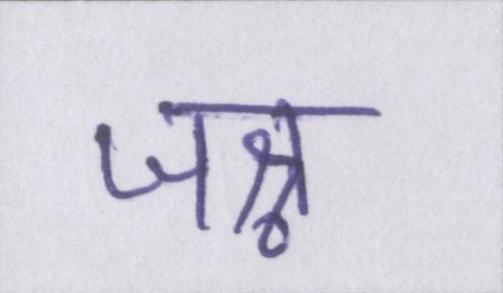
जश्न